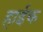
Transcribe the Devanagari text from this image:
हाईक